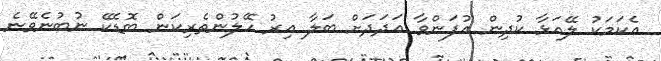
އެކަމަކު ލޭއަޅާ ކުދިން އުފަންވާ އަދަދަށް ބަލާ އިރު ހޭލުންތެރިކަން ބޮޑެކޭ ނުބުނެވޭނެ